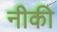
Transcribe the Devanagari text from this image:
नीकी